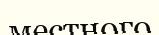
местного